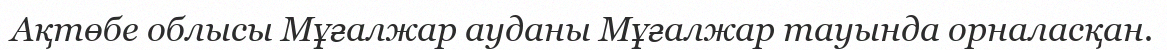
Ақтөбе облысы Мұғалжар ауданы Мұғалжар тауында орналасқан.